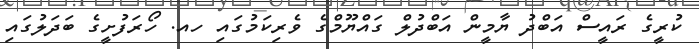
ކުރީގެ ރައީސް އަބްދު ޔާމީން އަބްދުލް ގައްޔޫމްގެ ވެރިކަމުގައި ހއ. ހޯރަފުށީގެ ބަދަލުގައި